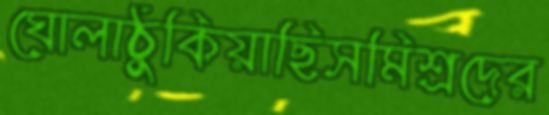
ঘোলাঠুকিয়াছিসমিশ্রদের